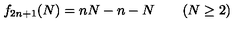
f _ { 2 n + 1 } ( N ) = n N - n - N \qquad ( N \geq 2 )